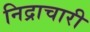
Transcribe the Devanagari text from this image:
निद्राचारी